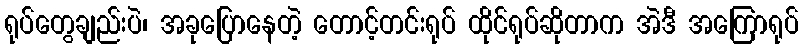
ရုပ်တွေချည်းပဲ၊ အခုပြောနေတဲ့ တောင့်တင်းရုပ် ထိုင်ရုပ်ဆိုတာက အဲဒီ အကြောရုပ်